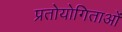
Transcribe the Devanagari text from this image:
प्रतोयोगिताओं